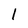
Character: I